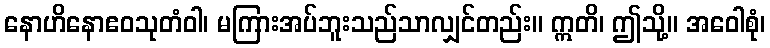
နောဟိနောဧဝသုတံဝါ၊ မကြားအပ်ဘူးသည်သာလျှင်တည်း။ ဣတိ၊ ဤသို့။ အဝေါစုံ၊